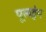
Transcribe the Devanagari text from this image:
पूलइंग